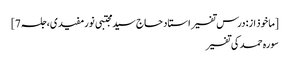
[ماخوذ از: درس تفسیر استاد حاج سید مجتبی نورمفیدی، جلسہ 7]
سورہ حمد کی تفسیر